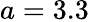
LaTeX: a=3.3